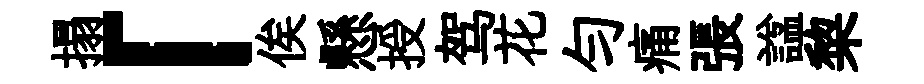
搨「俟懸授驾花匀痛張諡棃